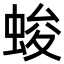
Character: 𮔖